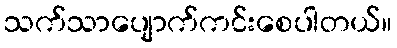
သက်သာပျောက်ကင်းစေပါတယ်။